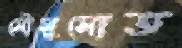
মৌসুমোত